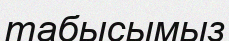
табысымыз